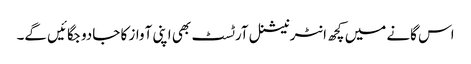
اس گانے میں کچھ انٹرنیشنل آرٹسٹ بھی اپنی آواز کا جادو جگائیں گے۔